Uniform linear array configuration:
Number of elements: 16
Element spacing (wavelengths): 0.5
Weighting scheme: uniform
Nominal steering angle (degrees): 15
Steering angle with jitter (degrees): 14.688
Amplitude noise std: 0.05
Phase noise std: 0.05

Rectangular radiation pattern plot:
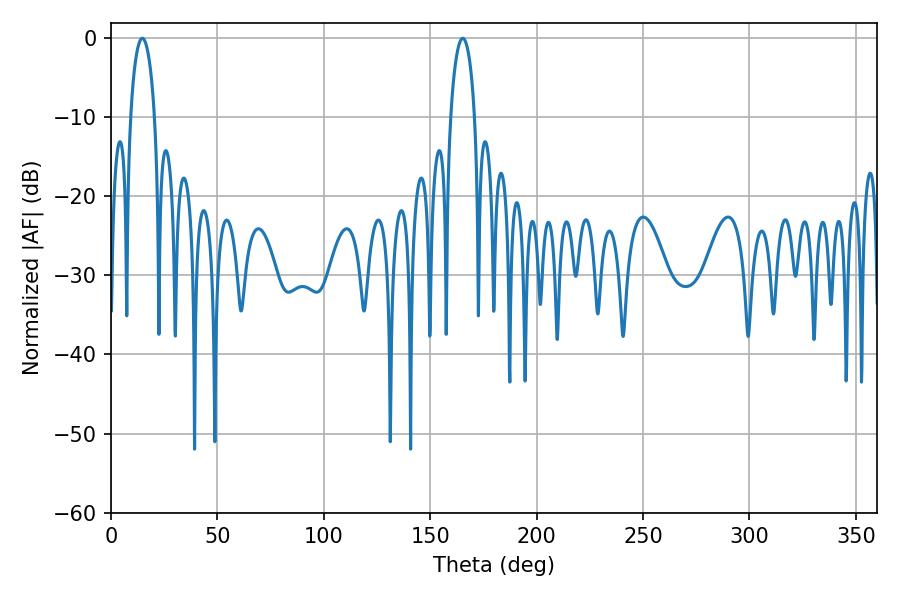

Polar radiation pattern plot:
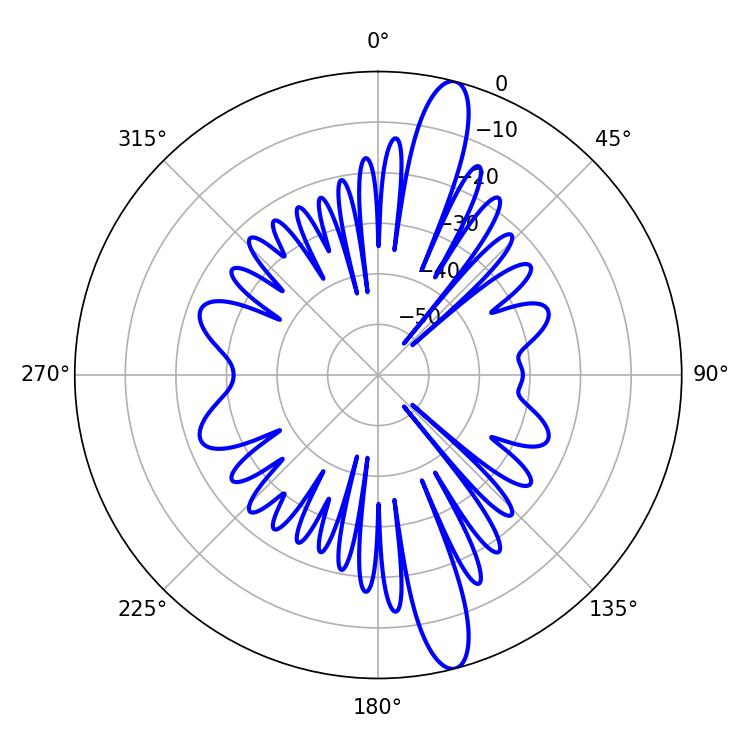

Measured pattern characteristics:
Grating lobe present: FALSE
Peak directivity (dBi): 15.034
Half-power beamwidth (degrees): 6.48
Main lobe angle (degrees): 165.24